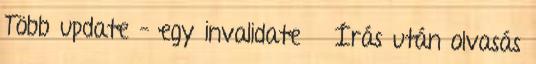
Több update – egy invalidate ● Írás után olvasás